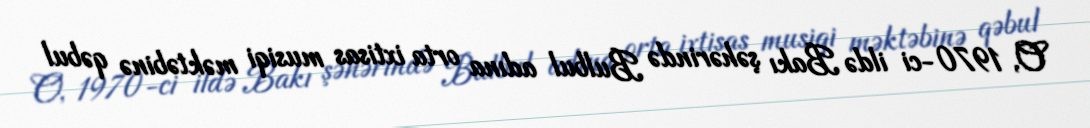
O, 1970-ci ildə Bakı şəhərində Bulbul adına orta ixtisas musiqi məktəbinə qəbul